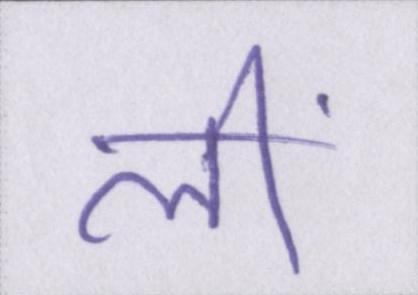
लीं